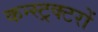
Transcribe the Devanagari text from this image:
कन्स्ट्रक्टरों